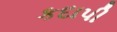
કદાપી